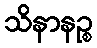
သိနာနဉ္စ